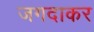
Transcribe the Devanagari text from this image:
जगदाकर